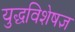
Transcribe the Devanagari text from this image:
युद्धविशेषज्ञ